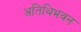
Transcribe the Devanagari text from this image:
अतिथिभवन